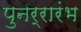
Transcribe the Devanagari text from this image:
पुनर्रारंभ